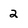
Character: 2